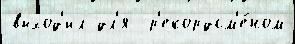
выход'ил дл'я  р'екордсм'е́ном